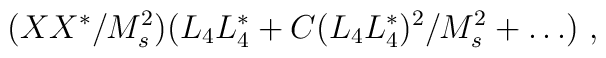
(XX^*/M_s^2)(L_4 L_4^* +C(L_4 L_4^*)^2/M^2_s+\dots)~,